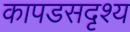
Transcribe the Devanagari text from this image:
कापडसदृश्य